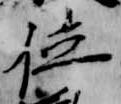
位